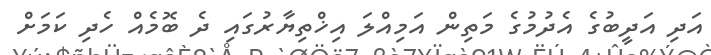
އަދި އަދީބުގެ އެދުމުގެ މަތިން އަމިއްލަ އިޚްތިޔާރުގައި ދެ ބޮމެއް ހެދި ކަމަށް